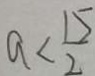
a < \frac { 1 5 } { 2 }